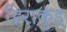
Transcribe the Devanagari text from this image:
हिराकुंड